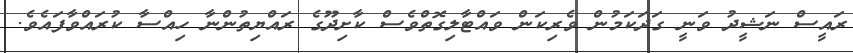
ރައީސް ނަޝީދު ވަނީ ގަދަކަމުން ވެރިކަން ވައްޓާލިގޮތްވެސް ކާށިދޫގެ ރައްޔިތުންނާ ހިއްސާ ކުރައްވާފައެވެ.